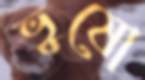
ভুষো